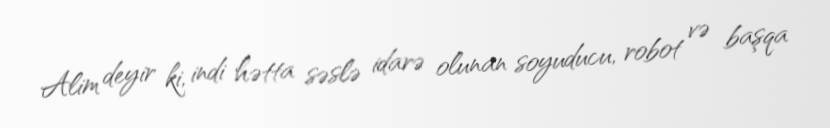
Alim deyir ki, indi hətta səslə idarə olunan soyuducu, robot və başqa